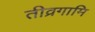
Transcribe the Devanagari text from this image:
तीव्रगामि